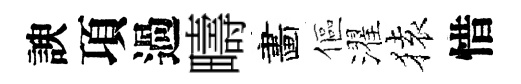
諛項過疇畵傴濯𫞤惜